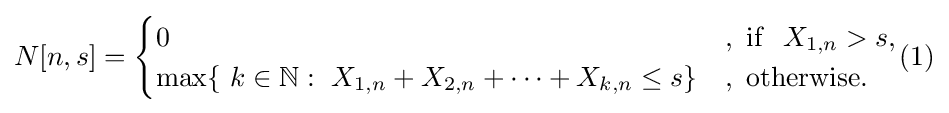
{\begin{aligned}N[n,s]={\begin{cases}0&,{\rm {~if~}}~X_{1,n}>s,\\\max\{~k\in \mathbb {N} :~X_{1,n}+X_{2,n}+\cdots +X_{k,n}\leq s\}&,{\rm {~otherwise}}.\end{cases}}\end{aligned}}(1)